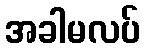
အခါမလပ်